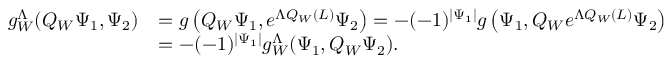
\begin{array} { r l } { g _ { W } ^ { \Lambda } ( Q _ { W } \Psi _ { 1 } , \Psi _ { 2 } ) } & { = g \left( Q _ { W } \Psi _ { 1 } , e ^ { \Lambda Q _ { W } ( L ) } \Psi _ { 2 } \right) = - ( - 1 ) ^ { | \Psi _ { 1 } | } g \left( \Psi _ { 1 } , Q _ { W } e ^ { \Lambda Q _ { W } ( L ) } \Psi _ { 2 } \right) } \\ & { = - ( - 1 ) ^ { | \Psi _ { 1 } | } g _ { W } ^ { \Lambda } ( \Psi _ { 1 } , Q _ { W } \Psi _ { 2 } ) . } \end{array}